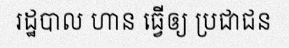
រដ្ឋបាល ហាន ធ្វើឲ្យ ប្រជាជន